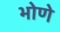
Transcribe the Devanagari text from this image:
भोणे